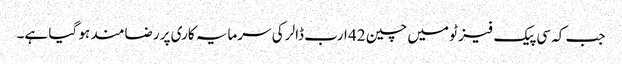
جب کہ سی پیک فیز ٹو میں چین 42 ارب ڈالر کی سرمایہ کاری پر رضامند ہو گیا ہے۔